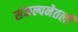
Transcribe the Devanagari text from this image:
संकल्पनेतली